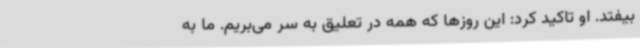
بیفتد. او تاکید کرد: این روزها که همه در تعلیق به سر می‌بریم. ما به